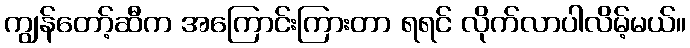
ကျွန်တော့်ဆီက အကြောင်းကြားတာ ရရင် လိုက်လာပါလိမ့်မယ်။